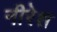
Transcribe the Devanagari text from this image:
नीरेश